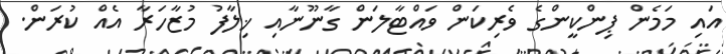
އައި މަމެން ޕިންކީންގެ ވެރިކަން ވައްޓާލަން ގާނޫނާއި ޚިލާފު މުޒާހަރާ އެއް ކުރަން.